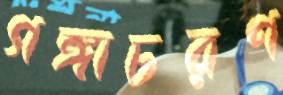
গঙ্গাচরণ